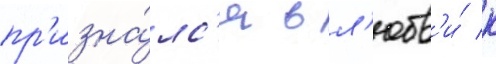
пр'изна́лс'я в л'юбв'и́ к